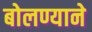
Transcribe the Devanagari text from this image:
बोलण्याने